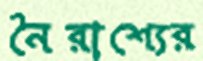
নৈরাশ্যের